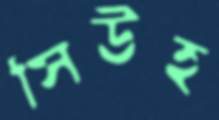
সিউহ